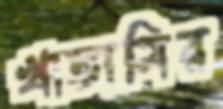
খাতামির